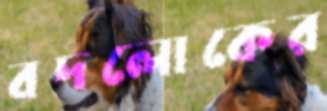
বদলোকের